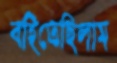
বহিতেছিলাম